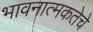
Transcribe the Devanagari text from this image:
भावनात्मकतेचे